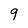
Character: 9